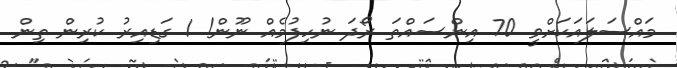
މައްސަލައަކަށްވީ 70 އިންސައްތަ ރޯދަ ނުހިފުމެއް ނޫން! 1 ގަޑިއިރު ކުރިން ތިން